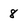
Character: 8